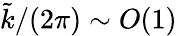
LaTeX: \tilde{k}/(2\pi)\sim O(1)